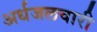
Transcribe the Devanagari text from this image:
अर्धजलचारी